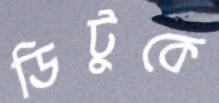
ডিটুকে